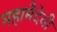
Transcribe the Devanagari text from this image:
महामैदेवी